Vaccination report Assam 1874-1896 - 1874-1896
Year: 1874
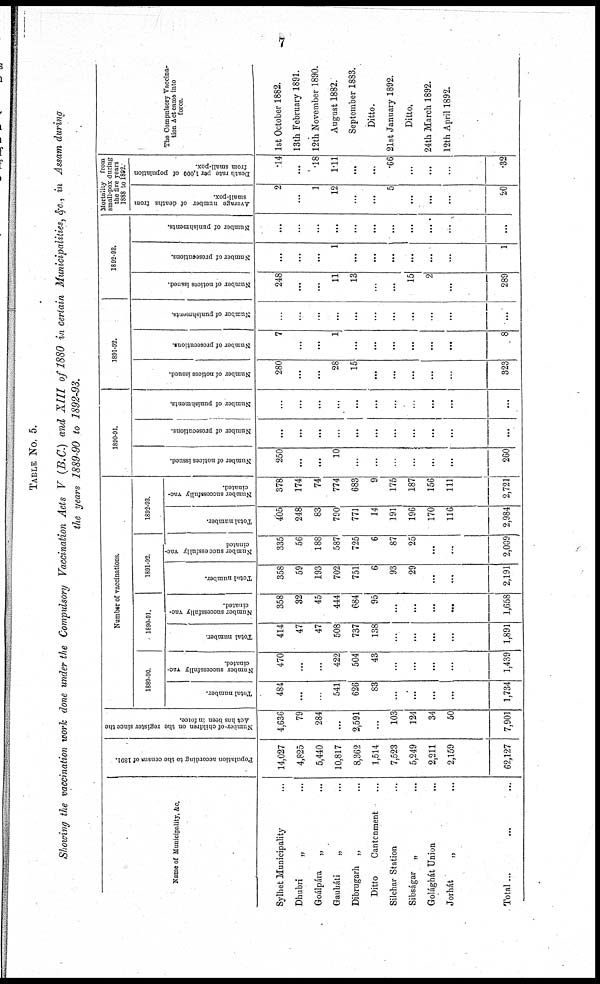
7
TABLE No. 5.
Showing the vaccination work done under the Compulsory Vaccination Acts V (B.C.) and XIII of 1880 in certain Municipalities, &c., in Assam during
the years 1889-90 to 1892-93.
Nome of Municipality, &c.
Sylhet Municipality ...
Dhubri
„ ...
Goálpára
„ ...
Gauháti
„ ...
Dibrugarh „ ...
Ditto
Cantonment ...
Silchar Station ...
Sibságar „ ...
Golághát Union ...
Jorhát
„ ...
Total... ... ...
Population according to the census of 1801.
14,027
4,825
5,440
10,817
8,362
1,514
7,523
5,249
2,211
2,159
62,127
Number of children on the register since the
Act has been in force.
4,636
79
284
...
2,591
...
103
124
34
50
7,901
Number of vaccinations.
1889-90.
Total number.
484
...
...
541
626
83
...
...
...
...
1,734
Number successfully vac-
cinated.
470
...
...
422
504
43
...
...
...
...
1,439
1890-91.
Total number
414
47
47
508
737
138
...
...
...
...
1,891
Number successfully vac¬
cinated.
358
32
45
444
684
95
...
...
...
...
1,658
1891-92.
Total number.
358
59
193
702
751
6
93
29
...
...
2,191
Number successfully vac-
cinated
.
335
56
188
587
725
6
87
25
...
...
2,009
1892-93.
Total number.
405
248
83
790
771
14
191
196
170
116
2,984
Number successfully vac-
cinated.
378
174
74
774
683
9
175
187
156
111
2,721
1890-91.
Number of notices issued.
250
...
...
10
...
...
...
...
...
...
260
Number of prosecutions.
...
...
...
...
...
...
...
...
...
...
...
Number of punishments.
...
...
...
...
...
...
...
...
...
...
...
1891-92.
Number of notices issued.
280
...
...
28
15
...
...
...
...
...
323
Number of prosecutions.
7
...
...
1
...
...
...
...
...
...
8
Number of punishments.
...
...
...
...
...
...
...
...
...
...
1892-93.
Number of notices issued.
248
...
...
11
13
...
...
15
2
...
289
Number of prosecutions.
...
...
...
1
...
...
...
...
...
...
1
Number of punishments.
...
...
...
...
...
...
...
...
...
...
...
Mortality from
small-pox during
the five years
1888 to 1892.
Average number of deaths from
small-pox.
2
...
1
12
...
...
5
...
...
...
20
Death rate per 1,000 of population
from small-pox.
.14
...
.18
1.11
...
...
.66
...
...
...
.32
The Compulsory Vaccina-
tion Act came into
force.
1st October 1882.
13th February 1891.
12th November 1890.
August 1882.
September 1883.
Ditto.
21st January 1892.
Ditto.
24th March 1892.
12th April 1892.